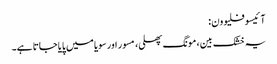
آ ئیسوفلیوون :
یہ خشک بین، مونگ پھلی، مسور اور سویا میں پایا جاتا ہے۔